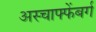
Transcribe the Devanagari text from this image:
अस्चाफ्फेंबर्ग